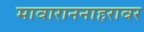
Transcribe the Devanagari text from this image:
मावाराननाहरावर